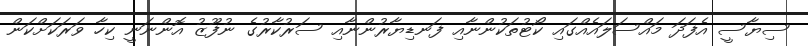
ސިޔާސީ އެފަދަ މައްސަލައެއްގައި ކޯޓުތަކުންނާއި ފަނޑިޔާރުންނާއި ސަރުކާރުގެ ނުފޫޒު އޮންނަނީ ކިހާ ވަރަކަށްކަން